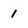
Character: 1